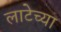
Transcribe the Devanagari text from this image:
लाटेच्या